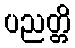
ပညတ္တိ